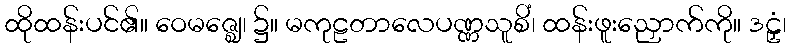
ထိုထန်းပင်၏။ ဝေမဇ္ဈေ၊ ၌။ မကုဠတာလေပဏ္ဏသူစိံ၊ ထန်းဖူးညှောက်ကို။ ဒဠှံ၊